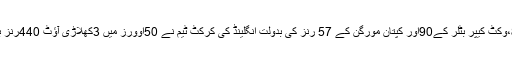
دوسری طرف جیسن رائے کے 15، جوروٹ کے 85،وکٹ کیپر بٹلر کے90اور کپتان مورگن کے 57 رنز کی بدولت انگلینڈ کی کرکٹ ٹیم نے 50اوورز میں 3کھلاڑی آؤٹ 440رنز بنا کر وَن ڈے میں ورلڈ ریکارڈ اسکور بورڈ پر لگا دیا۔